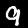
Digit: 9